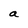
Character: a